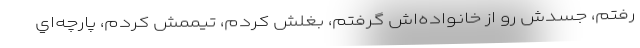
رفتم، جسدش رو از خانواده‌اش گرفتم، بغلش كردم، تيممش كردم، پارچه‌اي